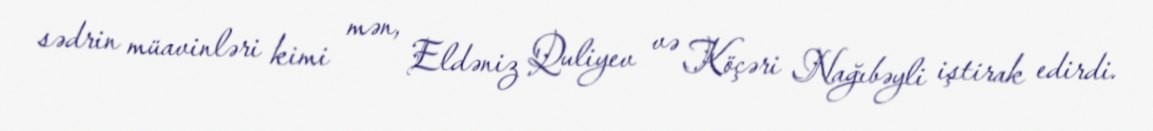
sədrin müavinləri kimi mən, Eldəniz Quliyev və Köçəri Nağıbəyli iştirak edirdi.